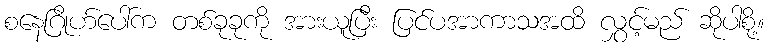
စနေဂြိုဟ်ပေါ်က တစ်ခုခုကို အားယူပြီး ပြင်ပအာကာသအထိ လွှင့်မည် ဆိုပါစို့။